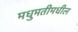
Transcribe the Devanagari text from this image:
मधुमतीमधील